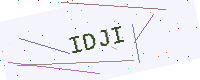
Text: IDJI